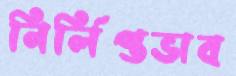
নির্লিপ্তভাব